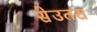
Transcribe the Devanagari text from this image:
सेउतरा